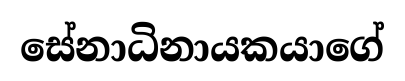
සේනාධිනායකයාගේ